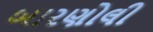
બારણોલી